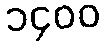
၁၄၀၀